65_HS1-834228961_62-HQ-83894_Section_4
Agency: FBI
Page 152
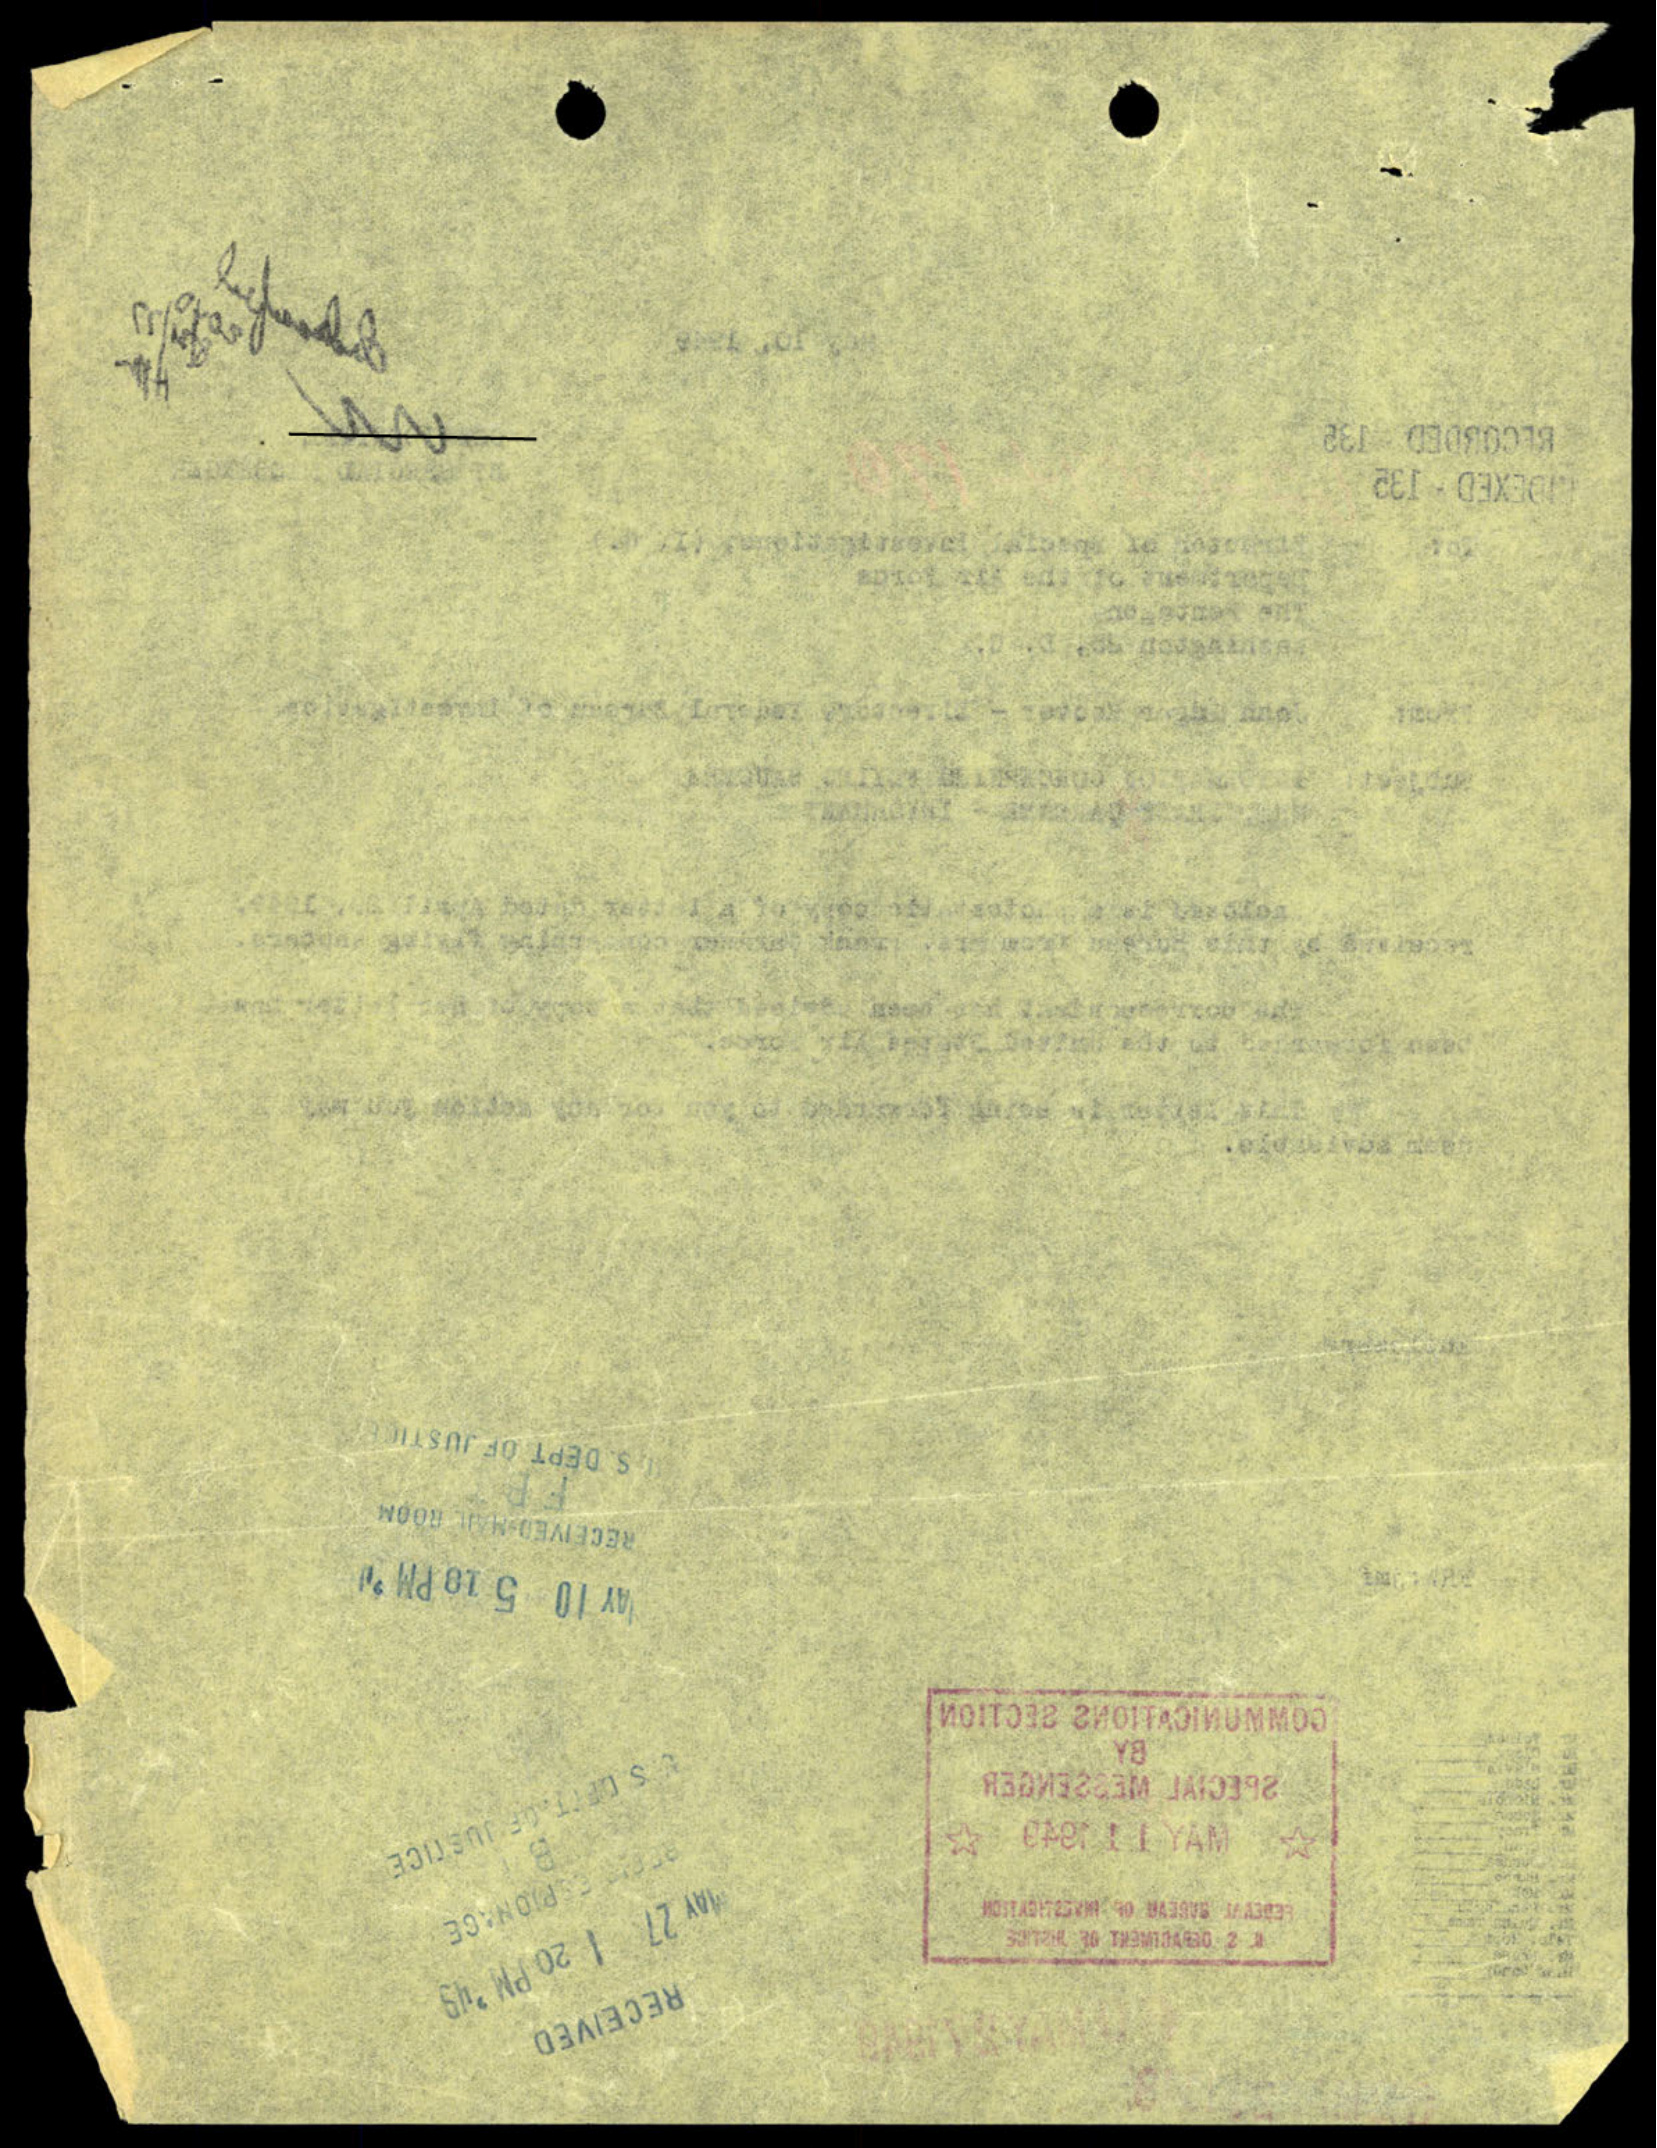